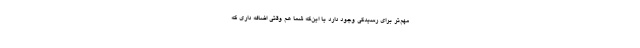
مهم‌تر برای رسیدگی وجود دارد یا این‌که شما هم وقتی اضافه داری که